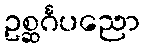
ဥစ္ဆင်္ဂပညော